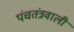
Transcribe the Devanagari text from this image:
पंचतंत्रवाली